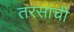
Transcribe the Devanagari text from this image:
तरसांची